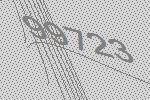
99723